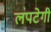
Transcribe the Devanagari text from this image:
लपटेगी